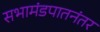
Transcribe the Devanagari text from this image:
सभामंडपातनंतर